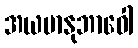
အယမာနုဘာဝေါ